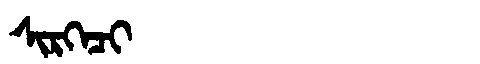
Manchu: ᠰᡳᡵᡴᡝᠴᡳ
Romanization: SIRKECI